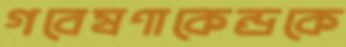
গবেষণাকেন্দ্রকে